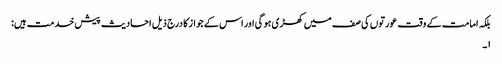
بلکہ امامت کے وقت عورتوں کی صف میں کھڑی ہو گی اور اس کے جواز کا درج ذیل احادیث پیش خدمت ہیں:
۱۔